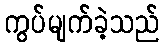
ကွပ်မျက်ခဲ့သည်